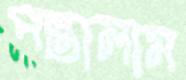
পস্তালাম